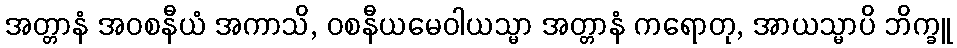
အတ္တာနံ အဝစနီယံ အကာသိ, ဝစနီယမေဝါယသ္မာ အတ္တာနံ ကရောတု, အာယသ္မာပိ ဘိက္ခူ